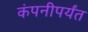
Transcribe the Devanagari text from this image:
कंपनीपर्यंत